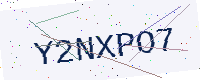
Text: Y2NXPO7